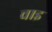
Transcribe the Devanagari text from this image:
चाइ